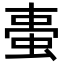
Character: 𧋌